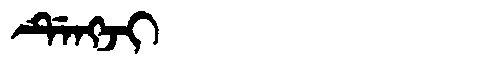
Manchu: ᡩᡝᠩᠵᡳ
Romanization: DENGJI